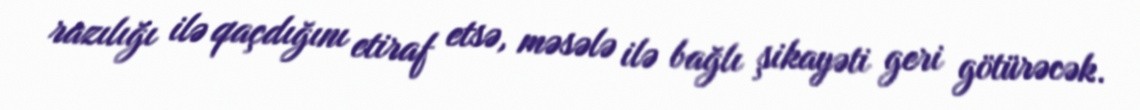
razılığı ilə qaçdığını etiraf etsə, məsələ ilə bağlı şikayəti geri götürəcək.